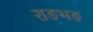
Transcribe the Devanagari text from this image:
राङभङ